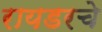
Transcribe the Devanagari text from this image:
रायडरचे